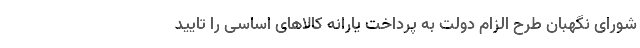
شورای نگهبان طرح الزام دولت به پرداخت یارانه کالاهای اساسی را تایید